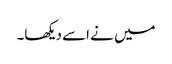
میں نے اسے دیکھا۔